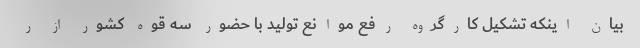
بیان اینکه تشکیل کارگروه رفع موانع تولید با حضور سه قوه کشور از ر